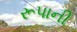
રૂપાની